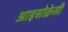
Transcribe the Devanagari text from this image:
आइसोक्रेसी